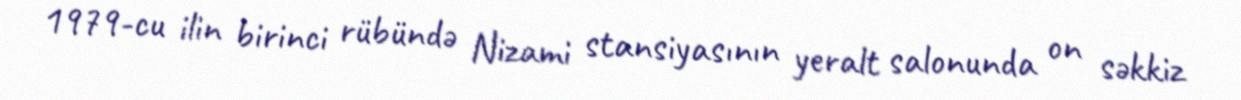
1979-cu ilin birinci rübündə Nizami stansiyasının yeralt salonunda on səkkiz